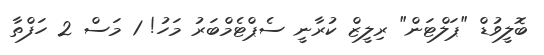
ބޮލީވުޑް "ޕަލްޓަން" ރިލީޒް ކުރާނީ ސެޕްޓެމްބަރު މަހު! 1 މަސް 2 ހަފްތާ